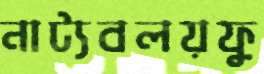
নাট্যবলয়ফু